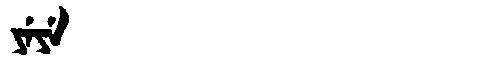
Manchu: ᠶᡝᠶᡝ
Romanization: YEYE